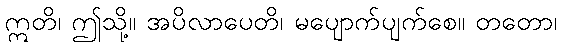
ဣတိ၊ ဤသို့။ အပိလာပေတိ၊ မပျောက်ပျက်စေ။ တတော၊